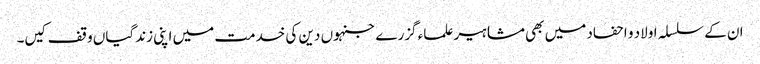
ان کے سلسلہ اولاد و احفاد میں بھی مشاہیر علماء گزرے جنہوں دین کی خدمت میں اپنی زندگیاں وقف کیں۔